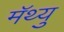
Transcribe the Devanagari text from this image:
मॅथ्यु